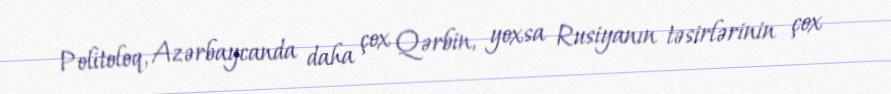
Politoloq, Azərbaycanda daha çox Qərbin, yoxsa Rusiyanın təsirlərinin çox